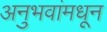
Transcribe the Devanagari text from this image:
अनुभवांमधून